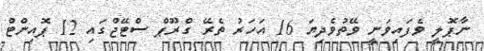
ނާޕޮލީ ވެފައިވަނީ ވޭތުވެދިޔަ 16 އަހަރު ތެރޭ ގްރޫޕް ސްޓޭޖްގައި 12 ޕޮއިންޓް